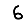
Digit: 6